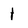
Character: 1